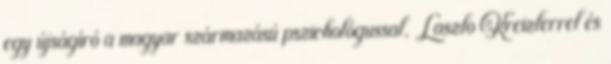
egy újságíró a magyar származású pszichológussal, Laszlo Kreizlerrel és